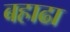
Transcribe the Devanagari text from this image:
बहाढा